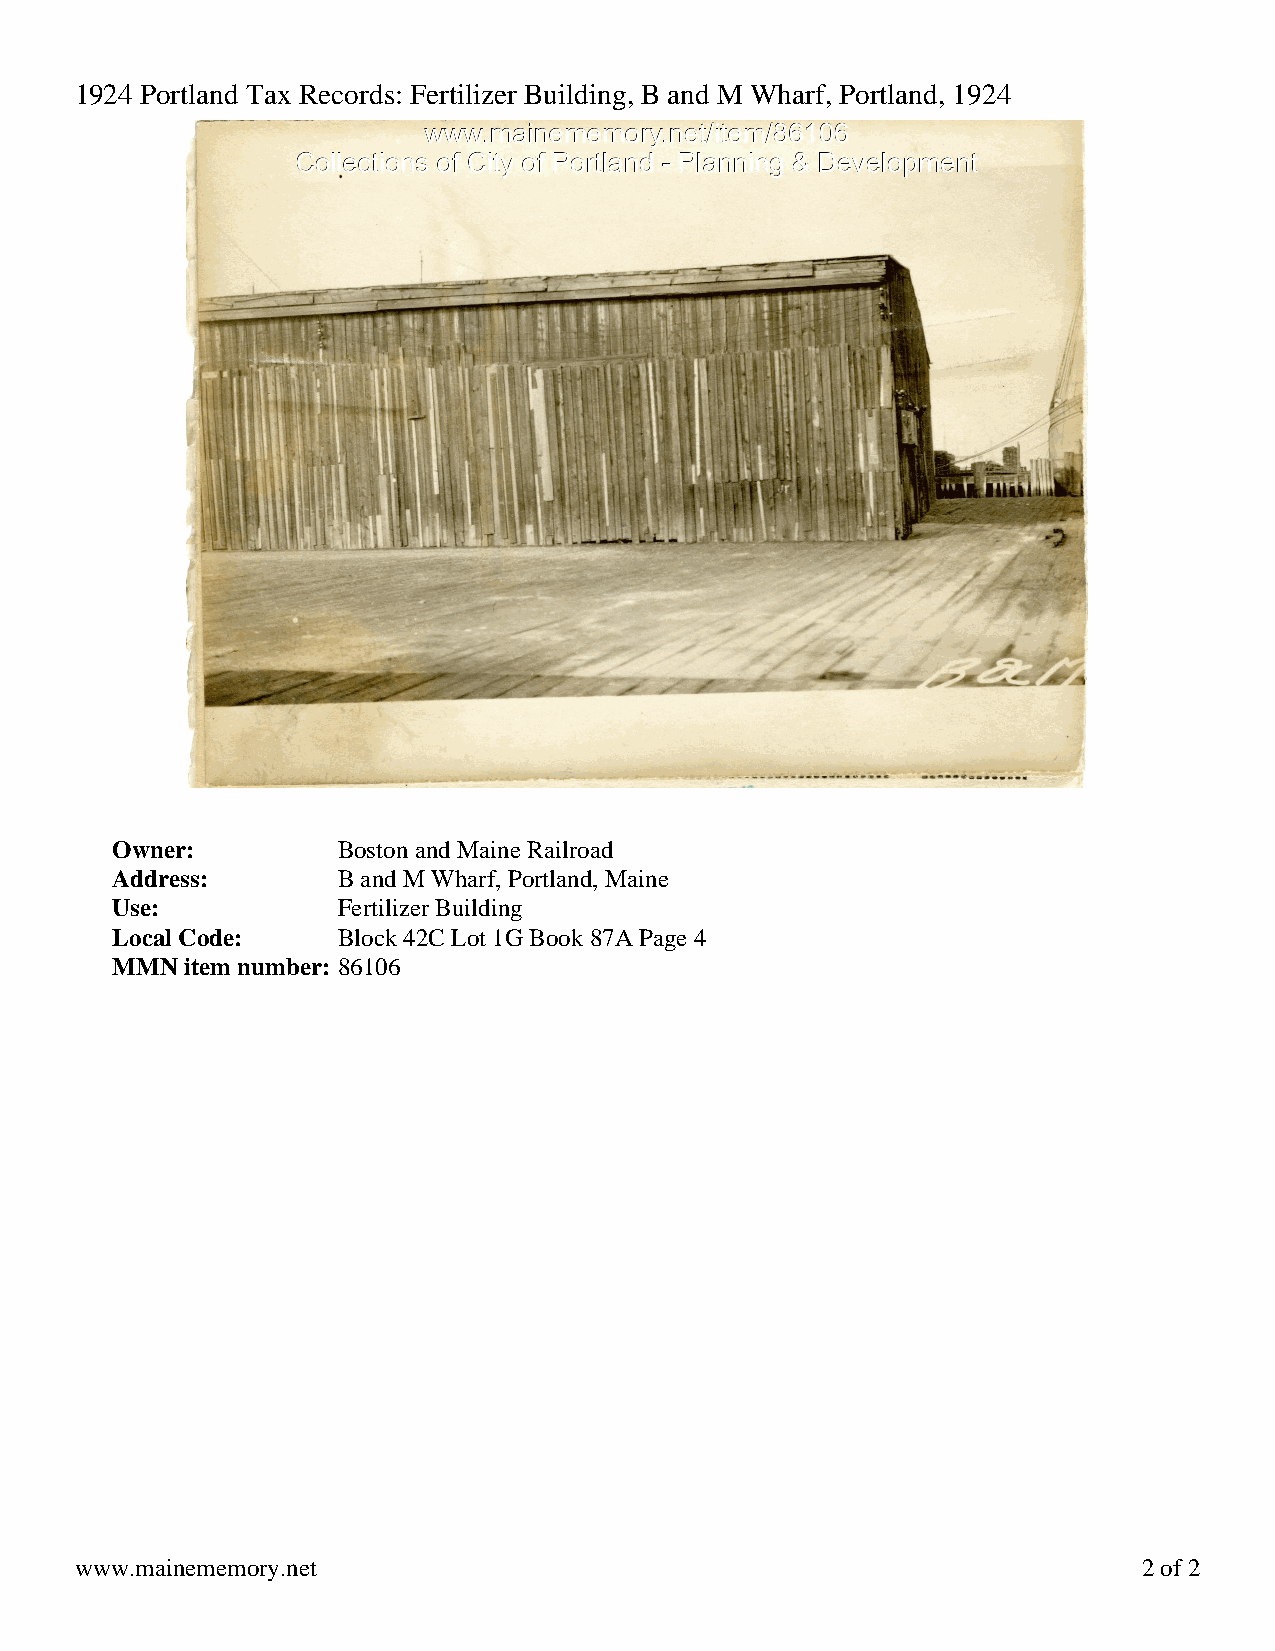
1924 Portland Tax Records: Fertilizer Building, B and M Wharf, Portland, 1924
 Owner:         Boston and Maine Railroad
 Address:       B and M Wharf, Portland, Maine
 Use:           Fertilizer Building
 Local Code:    Block 42C Lot 1G Book 87A Page 4
 MMN  item number: 86106
 www.mainememory.net                                                    2 of 2